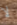
لا